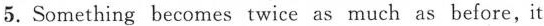
5.Something becomes twice as much as before, it